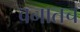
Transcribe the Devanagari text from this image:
वनातच